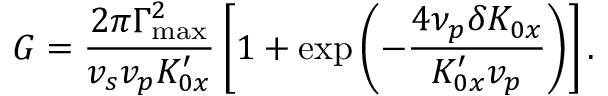
G = \frac { 2 \pi \Gamma _ { \mathrm { m a x } } ^ { 2 } } { v _ { s } v _ { p } K _ { 0 x } ^ { \prime } } \left[ 1 + \exp \left( - \frac { 4 \nu _ { p } \delta K _ { 0 x } } { K _ { 0 x } ^ { \prime } v _ { p } } \right) \right] .